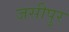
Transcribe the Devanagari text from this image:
जसीपुर